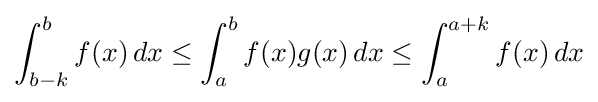
\int _{b-k}^{b}f(x)\,dx\leq \int _{a}^{b}f(x)g(x)\,dx\leq \int _{a}^{a+k}f(x)\,dx